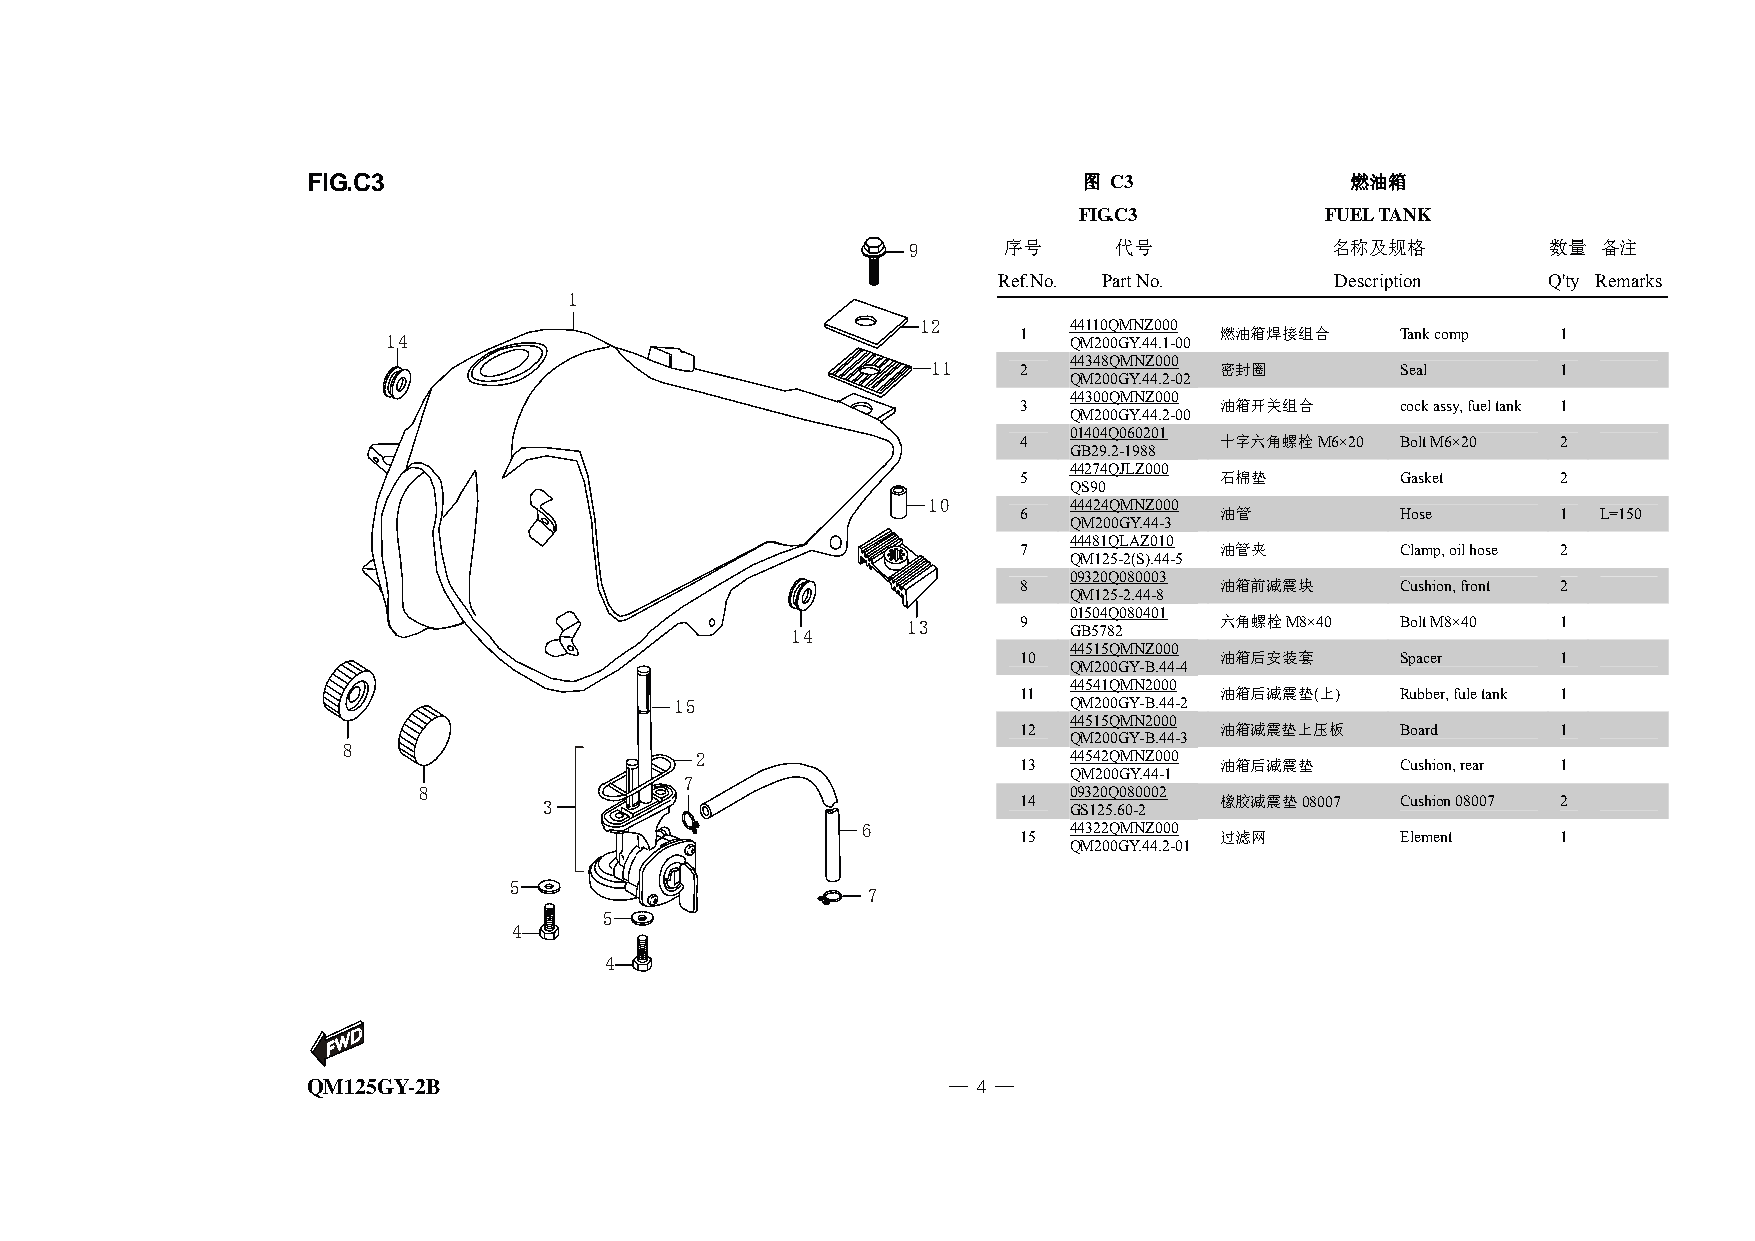
FIG.C3                                              图 C3             燃油箱
 FIG.C3           FUEL TANK
 9     序号      代号            名称及规格          数量 备注
 Ref.No. Part No.      Description    Q'ty Remarks
 1
 14
 12
 1
 Q44 M11 20 0Q 0GM YN .4Z 40 .0 10
 -0 0 燃油箱焊接组合    Tank comp 1
 11   2   44348QMNZ000 密封圈      Seal      1
 QM200GY.44.2-02
 44300QMNZ000
 3             油箱开关组合      cock assy, fuel tank 1
 QM200GY.44.2-00
 01404Q060201
 4             十字六角螺栓M6×20 Bolt M6×20 2
 GB29.2-1988
 44274QJLZ000
 5             石棉垫         Gasket    2
 QS90
 10        44424QMNZ000
 6             油管          Hose      1  L=150
 QM200GY.44-3
 44481QLAZ010
 7             油管夹         Clamp, oil hose 2
 QM125-2(S).44-5
 09320Q080003
 8             油箱前减震块      Cushion, front 2
 QM125-2.44-8
 01504Q080401
 14      13     9   GB5782    六角螺栓M8×40   Bolt M8×40 1
 44515QMNZ000
 10            油箱后安装套      Spacer    1
 QM200GY-B.44-4
 44541QMN2000
 11            油箱后减震垫(上)   Rubber, fule tank 1
 15                        QM200GY-B.44-2
 44515QMN2000
 12            油箱减震垫上压板    Board     1
 QM200GY-B.44-3
 8
 2                        44542QMNZ000
 13            油箱后减震垫      Cushion, rear 1
 7                         QM200GY.44-1
 8                                          09320Q080002
 3                              14  GS125.60-2 橡胶减震垫08007 Cushion 08007 2
 6             44322QMNZ000
 15            过滤网         Element   1
 QM200GY.44.2-01
 5
 7
 5
 4
 4
 QM125GY-2B                                 — 4 —